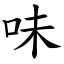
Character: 味